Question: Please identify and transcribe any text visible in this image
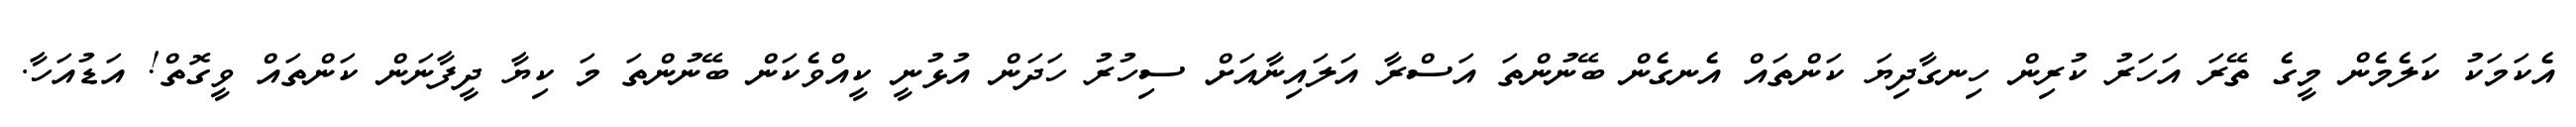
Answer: އެކަމަކު ކަލެމެން މީގެ ތޭރަ އަހަރު ކުރިން ހިނގާދިޔަ ކަންތައް އެނގެން ބޭނުންތަ އަސްރާ އަލައިނާއަށް ސިހުރު ހަދަން އުޅުނީ ކީއްވެކަން ބޭނުންތަ މަ ކިޔާ ދީފާނަން ކަންތައް ވީގޮތް! އަޑުއަހާ.